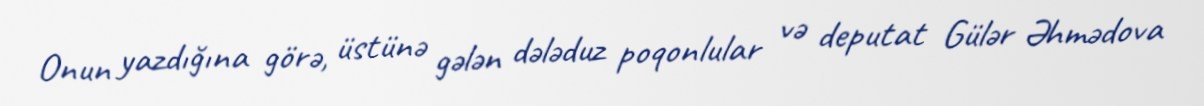
Onun yazdığına görə, üstünə gələn dələduz poqonlular və deputat Gülər Əhmədova